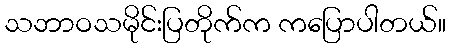
သဘာဝသမိုင်းပြတိုက်က ကပြောပါတယ်။